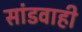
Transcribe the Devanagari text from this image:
सांडवाही